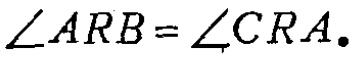
\(\angle ARB=\angle CRA.\)